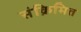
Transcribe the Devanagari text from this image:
संक्रिमित